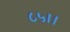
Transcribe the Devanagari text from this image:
८५।।